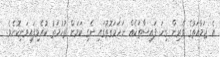
އެ ޖަމާއަތުގެ ވެރިން ގިނަ ފައިސާތަކެއް ނަހަމަގޮތުގައި ނެގި ކަމަށް ތުހުމަތު ކުރެވިފައިވަނިކޮށެވެ.